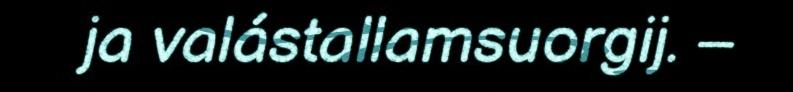
ja valástallamsuorgij. –